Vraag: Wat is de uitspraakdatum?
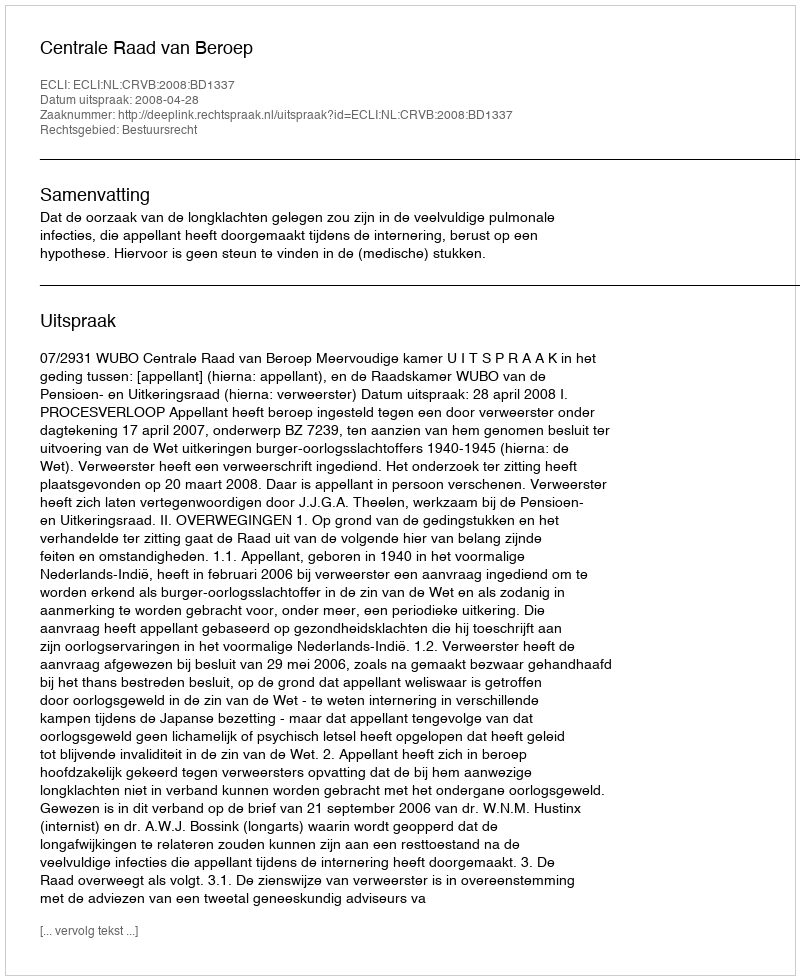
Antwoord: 2008-04-28